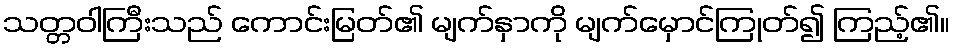
သတ္တဝါကြီးသည် ကောင်းမြတ်၏ မျက်နှာကို မျက်မှောင်ကြုတ်၍ ကြည့်၏။